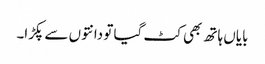
بایاں ہاتھ بھی کٹ گیا تو دانتوں سے پکڑا۔